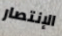
الإنتصار